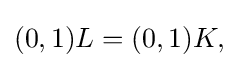
{\textstyle (0,1)L=(0,1)K,}